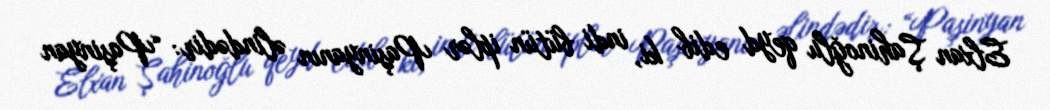
Elxan Şahinoğlu qeyd edib ki, indi bütün iplər Paşinyanın əlindədir: “Paşinyan